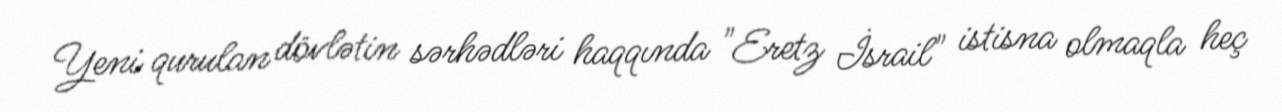
Yeni qurulan dövlətin sərhədləri haqqında "Eretz İsrail" istisna olmaqla heç